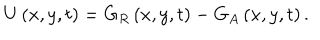
U \left( x , y , t \right) = G _ { R } \left( x , y , t \right) - G _ { A } \left( x , y , t \right) .